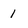
Character: 1